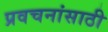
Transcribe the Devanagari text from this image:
प्रवचनांसाठी